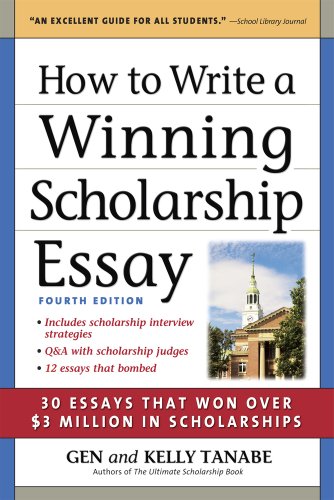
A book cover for How to Write a Winning Scholarship Essay: 30 Essays That Won Over $3 Million in Scholarships; Gen Tanabe; Business & Money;